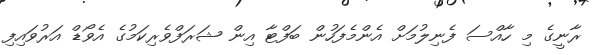
ރާނީގެ މި ހާއްސަ ފެނިލުމަށް އެންމެފަހުން ބަފްޓާ އިން ޝަރަފްވެރިކަމުގެ އެވޯޑް އަރުވައިފި